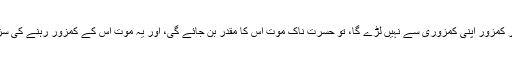
یعنی اگر کمزور اپنی کمزوری سے نہیں لڑے گا، تو حسرت ناک موت اُس کا مقدر بن جائے گی، اور یہ موت اُس کے کمزور رہنے کی سزا ہوگی۔